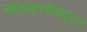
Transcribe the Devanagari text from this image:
संस्कृतीबद्द्ल